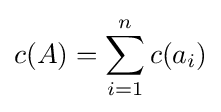
c(A)=\sum _{i=1}^{n}c(a_{i})